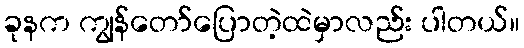
ခုနက ကျွန်တော်ပြောတဲ့ထဲမှာလည်း ပါတယ်။